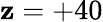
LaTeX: \mathbf{z}=+40